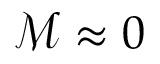
\mathcal { M } \approx 0